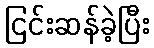
ငြင်းဆန်ခဲ့ပြီး